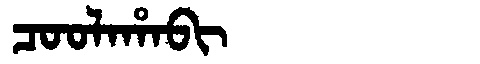
Manchu: ᠴᠣᠣᠯᠠᡥᠠᠪᡳ
Romanization: COOLAHABI